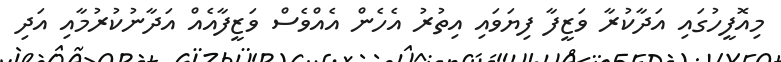
މިއޮފީހުގައި އަދާކުރާ ވަޒީފާ ފިޔަވައި އިތުރު އެހެން އެއްވެސް ވަޒީފާއެއް އަދާނުކުރުމާއި އަދި